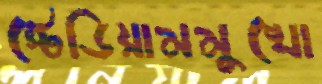
স্টেডিয়ামমুখো